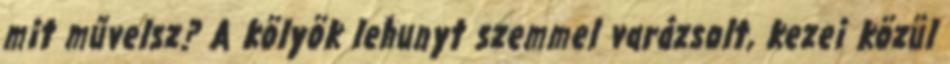
mit művelsz? A kölyök lehunyt szemmel varázsolt, kezei közül